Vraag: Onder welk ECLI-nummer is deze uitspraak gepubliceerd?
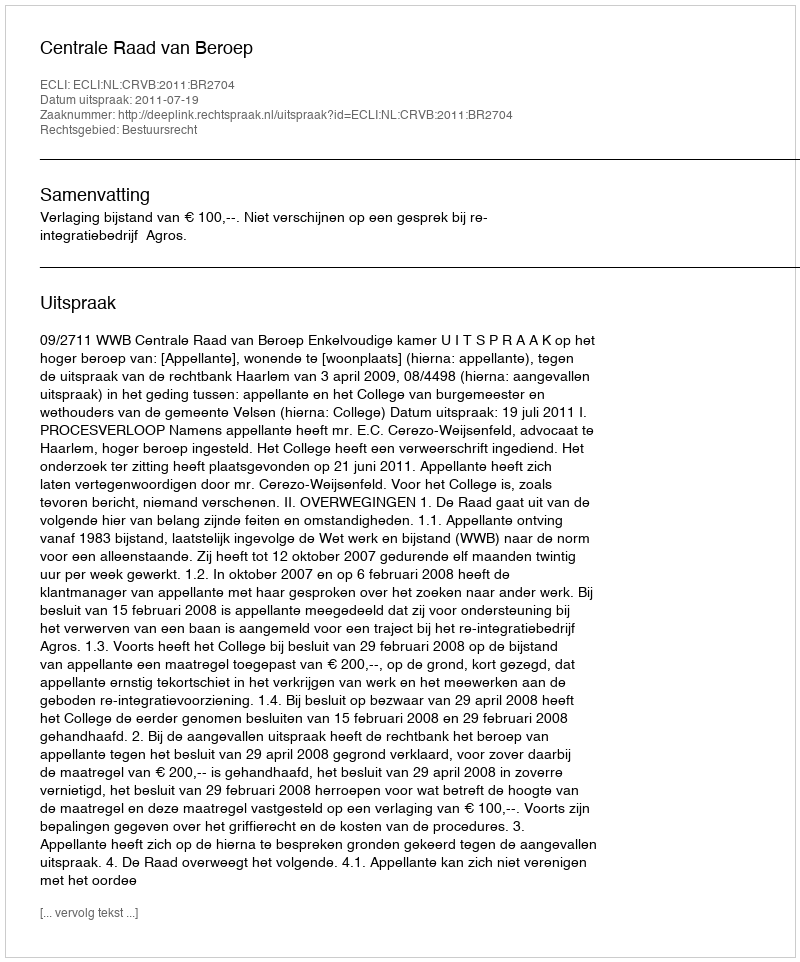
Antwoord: ECLI:NL:CRVB:2011:BR2704